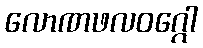
လောဏဖလဝဂ္ဂေါ